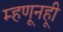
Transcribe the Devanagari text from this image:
म्हणूनहूी